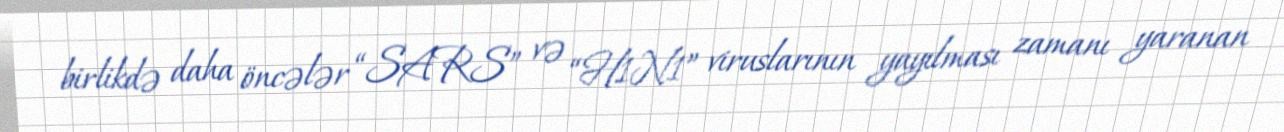
birlikdə daha öncələr “SARS” və “H1N1” viruslarının yayılması zamanı yaranan